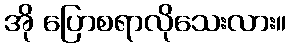
အို ပြောစရာလိုသေးလား။